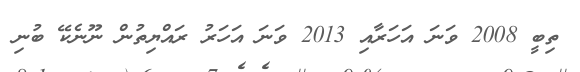
ތިބީ 2008 ވަނަ އަހަރާއި 2013 ވަނަ އަހަރުު ރައްޔިތުން ނޫނެކޭ ބުނި